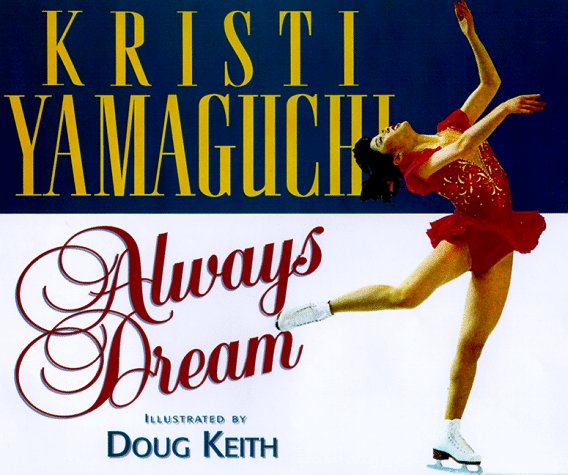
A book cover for Always Dream (Positively for Kids); Yamaguchi Kristi; Children's Books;